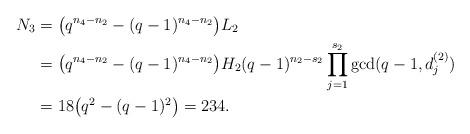
LaTeX: \begin{align*}N_3&=\big(q^{n_4-n_2}-(q-1)^{n_4-n_2}\big)L_2 \\&=\big(q^{n_4-n_2}-(q-1)^{n_4-n_2}\big)H_2(q-1)^{n_2-s_2}\prod\limits_{j=1}^{s_2}\gcd(q-1,d_j^{(2)})\\&=18\big(q^2-(q-1)^2\big)=234.\end{align*}